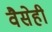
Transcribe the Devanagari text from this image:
वैसेही